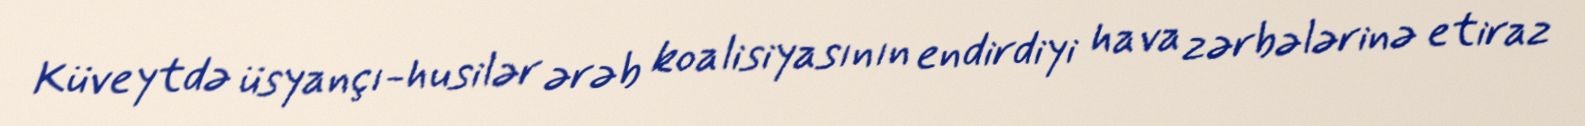
Küveytdə üsyançı-husilər ərəb koalisiyasının endirdiyi hava zərbələrinə etiraz